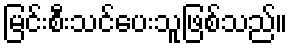
မြင်းစီးသင်ပေးသူဖြစ်သည်။